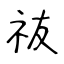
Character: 鿆